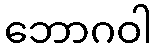
ဘောဂဝါ